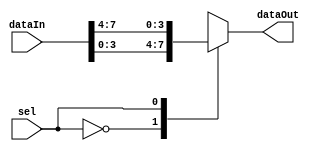
module mux_r0 #(
	parameter BIT_WIDTH = 4,
	parameter DEPTH = 2,
	parameter SEL_WIDTH = log2(DEPTH)
)(
	input [BIT_WIDTH*DEPTH - 1:0] dataIn,
	input [SEL_WIDTH - 1:0] sel,
	output [BIT_WIDTH - 1:0] dataOut
);

/**********
 *  Array Packing Defines 
 **********/
`define PACK_ARRAY(PK_WIDTH,PK_DEPTH,PK_SRC,PK_DEST, BLOCK_ID, GEN_VAR)    genvar GEN_VAR; generate for (GEN_VAR=0; GEN_VAR<(PK_DEPTH); GEN_VAR=GEN_VAR+1) begin: BLOCK_ID assign PK_DEST[((PK_WIDTH)*GEN_VAR+((PK_WIDTH)-1)):((PK_WIDTH)*GEN_VAR)] = PK_SRC[GEN_VAR][((PK_WIDTH)-1):0]; end endgenerate
`define UNPACK_ARRAY(PK_WIDTH,PK_DEPTH,PK_DEST,PK_SRC, BLOCK_ID, GEN_VAR)  genvar GEN_VAR; generate for (GEN_VAR=0; GEN_VAR<(PK_DEPTH); GEN_VAR=GEN_VAR+1) begin: BLOCK_ID assign PK_DEST[GEN_VAR][((PK_WIDTH)-1):0] = PK_SRC[((PK_WIDTH)*GEN_VAR+(PK_WIDTH-1)):((PK_WIDTH)*GEN_VAR)]; end endgenerate

/**********
 * Internal Signals
 **********/
function integer log2; //This is a macro function (no hardware created) which finds the log2, returns log2
   input [31:0] val; //input to the function
   integer 	i;
   begin
      log2 = 0;
      for(i = 0; 2**i < val; i = i + 1)
		log2 = i + 1;
   end
endfunction 

wire [BIT_WIDTH - 1:0] tmp [DEPTH - 1:0]; //input as array

/**********
 * Glue Logic 
 **********/
`UNPACK_ARRAY(BIT_WIDTH,DEPTH,tmp,dataIn, U_BLK_0, idx_0)
 
/**********
 * Synchronous Logic
 **********/
/**********
 * Glue Logic 
 **********/
/**********
 * Components
 **********/
/**********
 * Output Combinatorial Logic
 **********/
 assign dataOut = tmp[sel];
endmodule